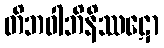
တိဘဝါဘိနိဿဋော